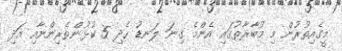
މީގެއިތުރުން މި މުބާރާތުގައި އެންމެ ގިނަ ލަނޑު ހެދި 5 ކުޅުންތެރިންނާއި އަދި